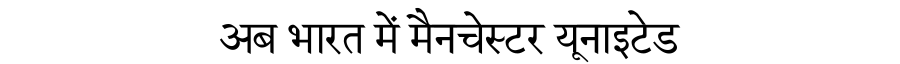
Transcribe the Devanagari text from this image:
अब भारत में मैनचेस्टर यूनाइटेड